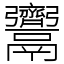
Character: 𩱳